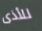
للأذى